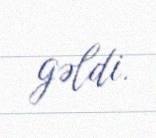
gəldi.